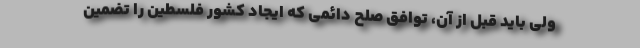
ولی باید قبل از آن، توافق صلح دائمی که ایجاد کشور فلسطین را تضمین